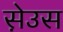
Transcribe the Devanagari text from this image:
स़ेउस